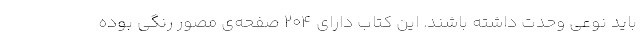
باید نوعی وحدت داشته باشند. این کتاب دارای ۲۰۴ صفحه‌ی مصور رنگی بوده